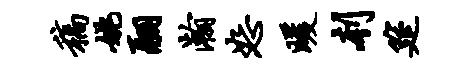
稿姚翮瀚恕暖刳筵